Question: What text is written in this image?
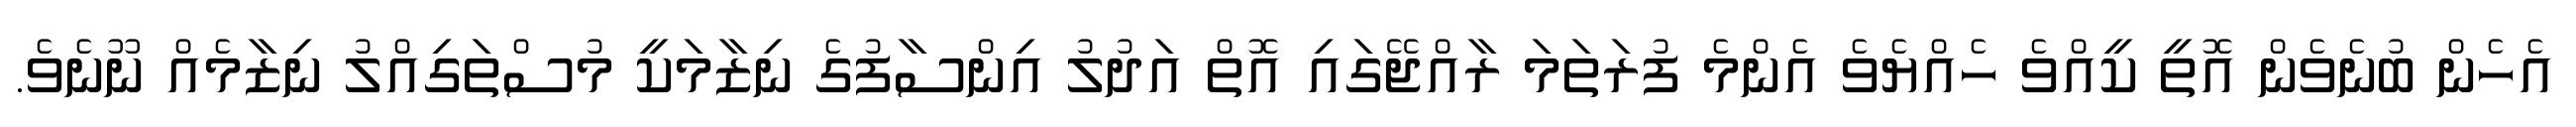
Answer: އެހެން ބުނެވެން އޮތީ ކީއްވެ ހެއްޔެވެ އެންމެ ފުރަތަމަ ރާއްޖޭގައި އޮތް އަދުލު އިންސާފުގެ ނިޒާމަކީ މުސްތަގިއްލު ނިޒާމެއް ނޫނެވެ.